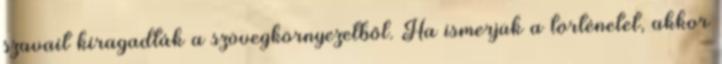
szavait kiragadták a szövegkörnyezetből. Ha ismerjük a történetet, akkor